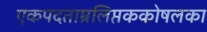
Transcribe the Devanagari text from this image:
एकपदताम्रलिप्तककोषलका